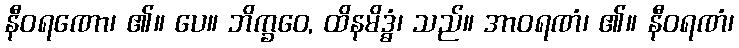
နီဝရဏော၊ ၏။ ပေ။ ဘိက္ခဝေ, ထိနမိဒ္ဓံ၊ သည်။ အာဝရဏံ၊ ၏။ နီဝရဏံ၊